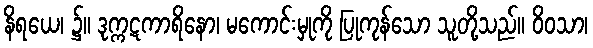
နိရယေ၊ ၌။ ဒုက္ကဋကာရိနော၊ မကောင်းမှုကို ပြုကုန်သော သူတို့သည်။ ဝိဝသာ၊